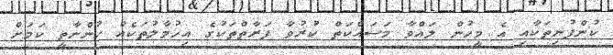
ކުންފުނިތަކާއި އެ މީހުން ލައްވާ މަސައްކަތް ކުރުވާ ފަރާތްތަކުގެ އިހުމާލުތަކެއް ހުންނާތީ ކަމަށް